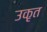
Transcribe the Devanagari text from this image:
उकृत